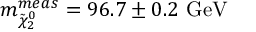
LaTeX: m _ { \tilde { \chi } _ { 2 } ^ { 0 } } ^ { m e a s } = 9 6 . 7 \pm 0 . 2 \mathrm { \ G e V }